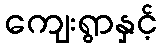
ကျေးရွာနှင့်